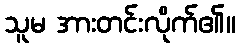
သူမ အားတင်းလိုက်၏။